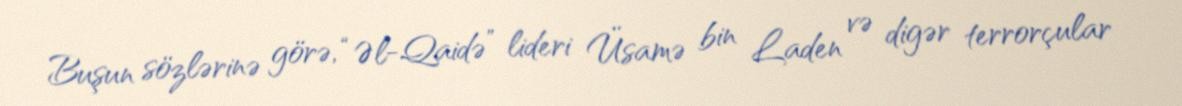
Buşun sözlərinə görə, “Əl-Qaidə” lideri Üsamə bin Laden və digər terrorçular